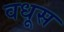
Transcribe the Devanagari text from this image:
वधूस